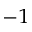
^ { - 1 }